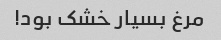
مرغ بسیار خشک بود!